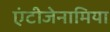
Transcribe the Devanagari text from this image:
एंटीजेनामिया